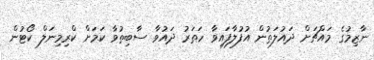
ނާޒިމުގެ މައްޗަށް ދައުލަތުން އުފުލާފައިވާ ހަތަރު ދައުވާ ސާބިތުވާ ކަމަށް ކްރިމިނަލް ކޯޓުން